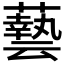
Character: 𮒛